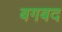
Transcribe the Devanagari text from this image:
बगबद